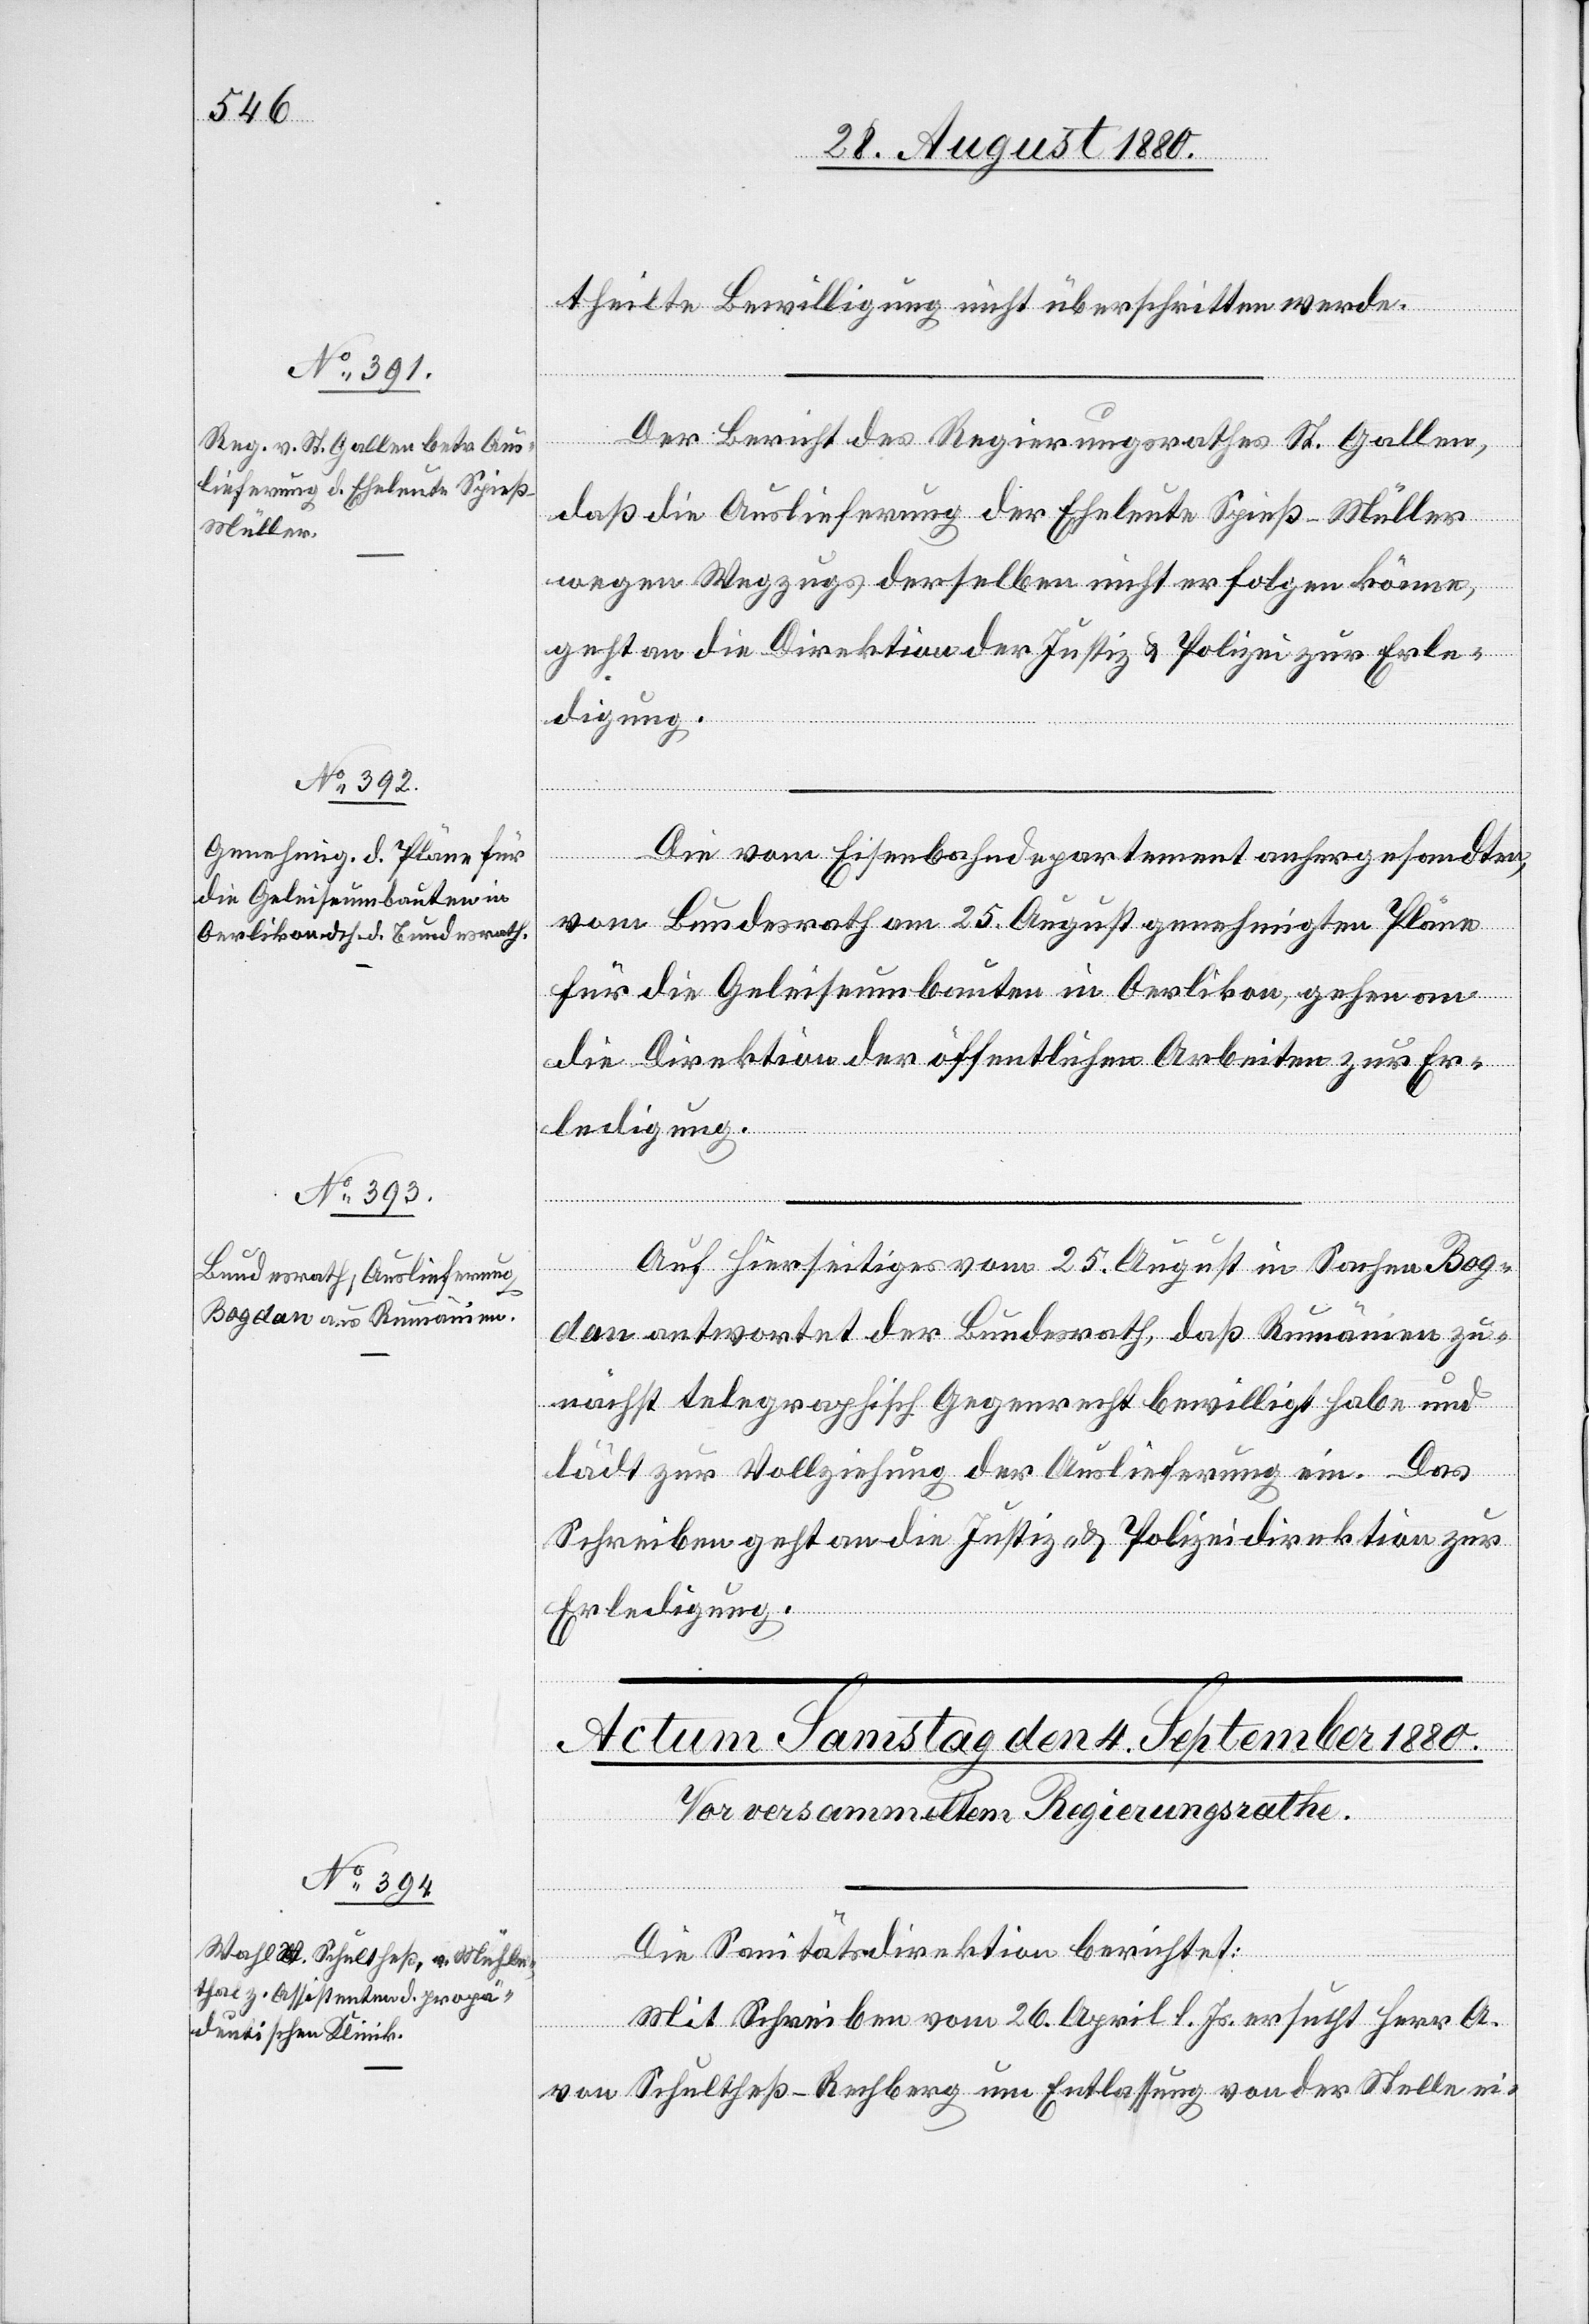
theilte Bewilligung nicht überschritten werde.
Der Bericht des Regierungsrathes St. Gallen,
daß die Auslieferung der Eheleute Spieß-Müller
wegen Wegzuges derselben nicht erfolgen könne,
geht an die Direktion der Justiz & Polizei zur Erle¬
digung.
ember
Die vom Eisenbahndepartement anhergesandten,
vom Bundesrath am 25. August genehmigten Pläne
für die Geleiseumbauten in Oerlikon, gehen an
die Direktion der öffentlichen Arbeiten zur Er¬
ledigung.
Auf hierseitiges vom 25. August in Sachen Bog¬
dan antwortet der Bundesrath, daß Rumänien zu¬
nächst telegraphisch Gegenrecht bewilligt habe und
lädt zur Vollziehung der Auslieferung ein. Das
Schreiben geht an die Justiz- & Polizeidirektion zur
Erledigung.
Die Sanitätsdirektion berichtet:
Mit Schreiben vom 26. April l. Js. ersucht Herr A.
1.
von Schultheß-Rechberg um Entlassung von der Stelle ei-